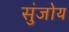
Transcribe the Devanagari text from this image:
सुंजोय